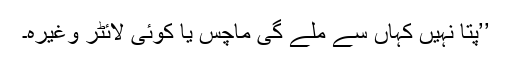
’’پتا نہیں کہاں سے ملے گی ماچس یا کوئی لائٹر وغیرہ۔